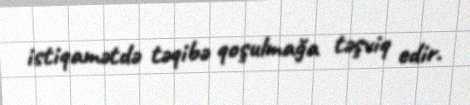
istiqamətdə təqibə qoşulmağa təşviq edir.